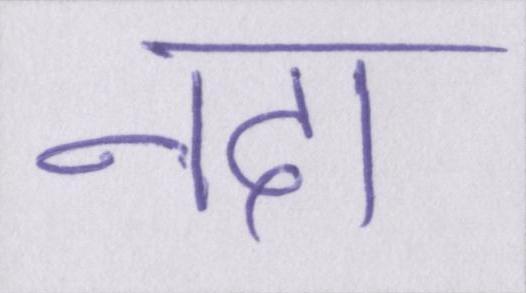
नदा